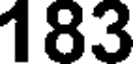
183